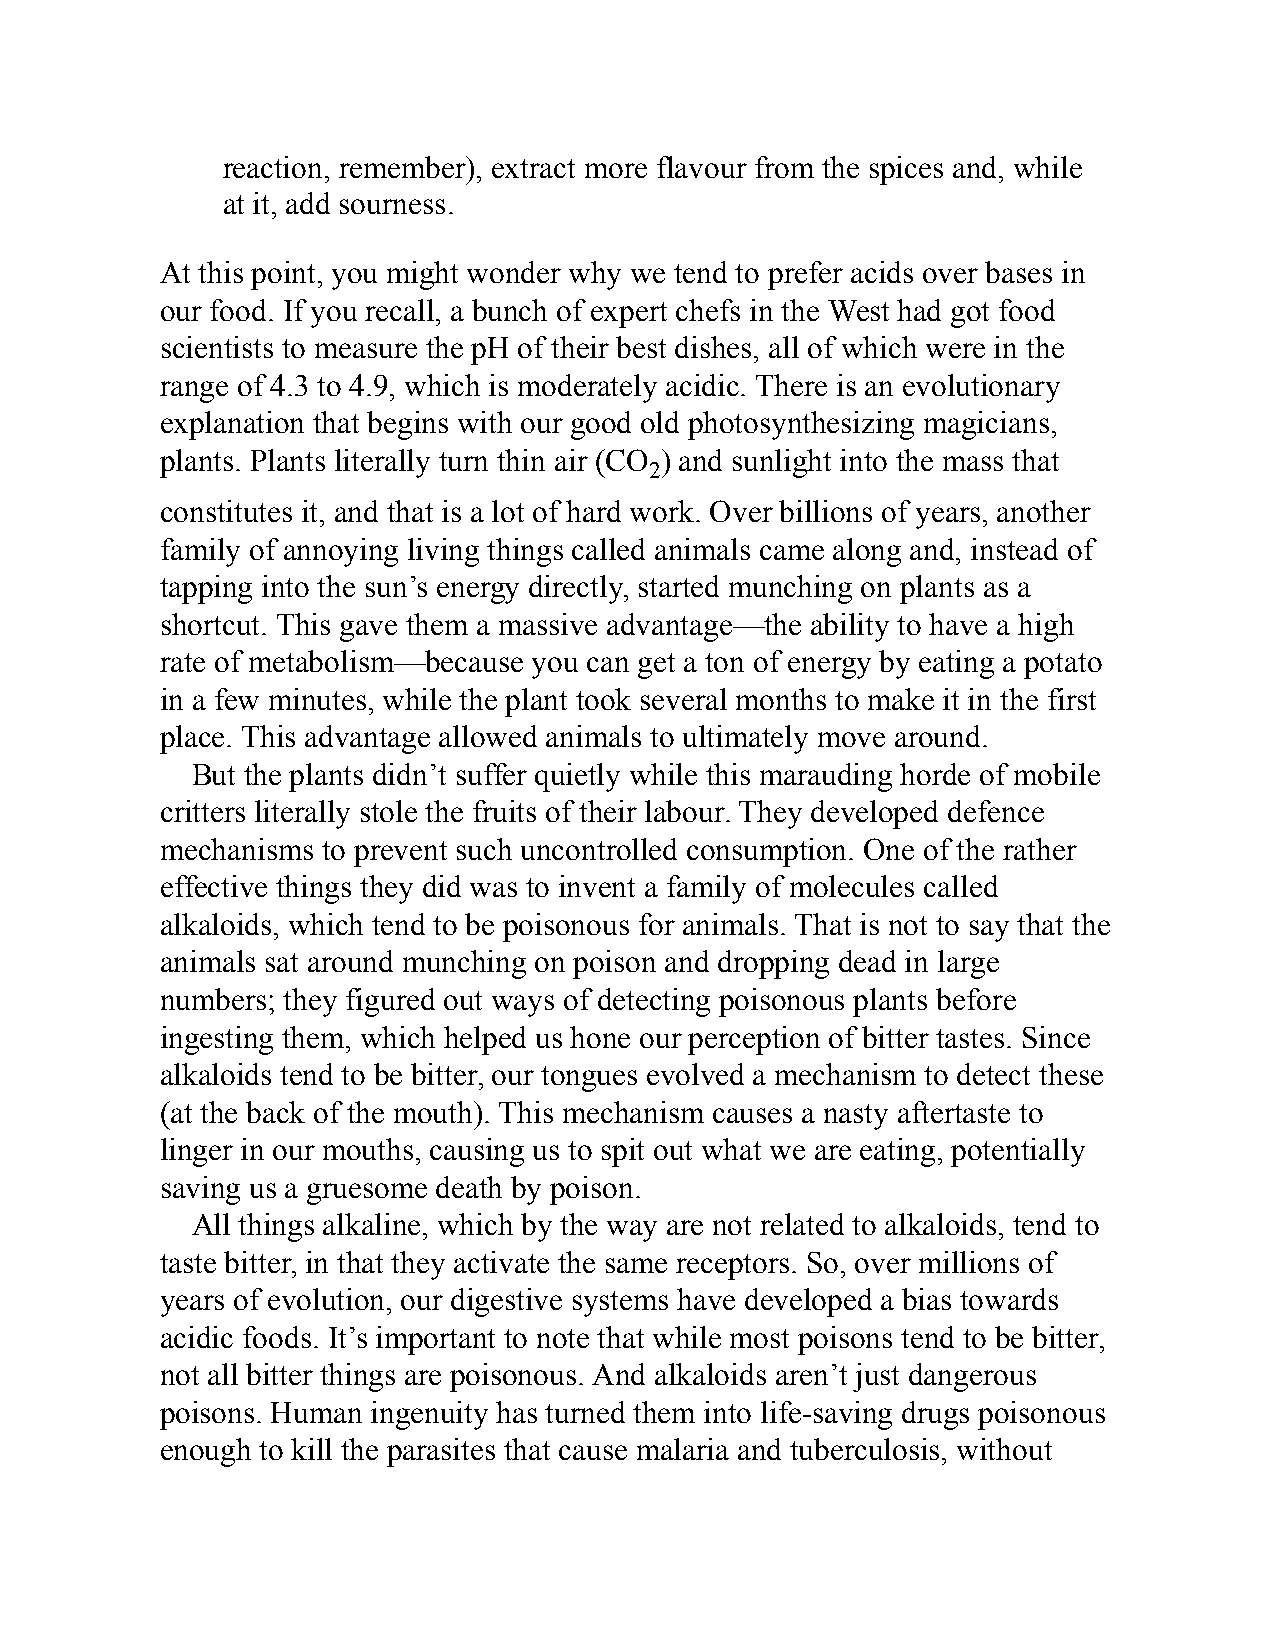
reaction, remember), extract more flavour from the spices and, while
 at it, add sourness.
 At this point, you might wonder why we tend to prefer acids over bases in
 our food. If you recall, a bunch of expert chefs in the West had got food
 scientists to measure the pH of their best dishes, all of which were in the
 range of 4.3 to 4.9, which is moderately acidic. There is an evolutionary
 explanation that begins with our good old photosynthesizing magicians,
 plants. Plants literally turn thin air (CO ) and sunlight into the mass that
 2
 constitutes it, and that is a lot of hard work. Over billions of years, another
 family of annoying living things called animals came along and, instead of
 tapping into the sun’s energy directly, started munching on plants as a
 shortcut. This gave them a massive advantage—the ability to have a high
 rate of metabolism—because you can get a ton of energy by eating a potato
 in a few minutes, while the plant took several months to make it in the first
 place. This advantage allowed animals to ultimately move around.
 But the plants didn’t suffer quietly while this marauding horde of mobile
 critters literally stole the fruits of their labour. They developed defence
 mechanisms to prevent such uncontrolled consumption. One of the rather
 effective things they did was to invent a family of molecules called
 alkaloids, which tend to be poisonous for animals. That is not to say that the
 animals sat around munching on poison and dropping dead in large
 numbers; they figured out ways of detecting poisonous plants before
 ingesting them, which helped us hone our perception of bitter tastes. Since
 alkaloids tend to be bitter, our tongues evolved a mechanism to detect these
 (at the back of the mouth). This mechanism causes a nasty aftertaste to
 linger in our mouths, causing us to spit out what we are eating, potentially
 saving us a gruesome death by poison.
 All things alkaline, which by the way are not related to alkaloids, tend to
 taste bitter, in that they activate the same receptors. So, over millions of
 years of evolution, our digestive systems have developed a bias towards
 acidic foods. It’s important to note that while most poisons tend to be bitter,
 not all bitter things are poisonous. And alkaloids aren’t just dangerous
 poisons. Human ingenuity has turned them into life-saving drugs poisonous
 enough to kill the parasites that cause malaria and tuberculosis, without